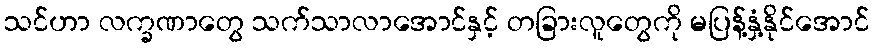
သင်ဟာ လက္ခဏာတွေ သက်သာလာအောင်နှင့် တခြားလူတွေကို မပြန့်နှံ့နိုင်အောင်